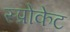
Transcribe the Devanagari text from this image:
स्प्रोकेट